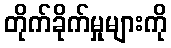
တိုက်ခိုက်မှုများကို